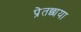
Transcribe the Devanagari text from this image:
प्रेतछाया